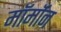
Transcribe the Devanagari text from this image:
मॉर्मॉन